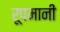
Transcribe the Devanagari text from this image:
रूपमानी